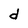
Character: d